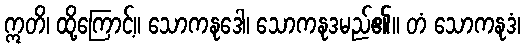
ဣတိ၊ ထို့ကြောင့်။ သောကနုဒေါ၊ သောကနုဒမည်၏။ တံ သောကနုဒံ၊